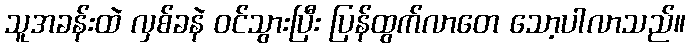
သူအခန်းထဲ လှစ်ခနဲ ဝင်သွားပြီး ပြန်ထွက်လာတေ သော့ပါလာသည်။